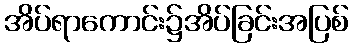
အိပ်ရာကောင်း၌အိပ်ခြင်းအပြစ်